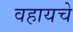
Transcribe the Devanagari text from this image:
वहायचे